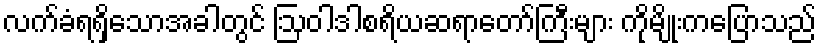
လက်ခံရရှိသောအခါတွင် ဩဝါဒါစရိယဆရာတော်ကြီးများ ကိုမျိုးကပြောသည်